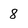
Character: 8